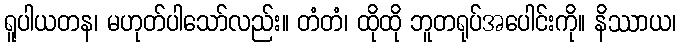
ရူပါယတန၊ မဟုတ်ပါသော်လည်း။ တံတံ၊ ထိုထို ဘူတရုပ်အပေါင်းကို။ နိဿာယ၊